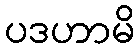
ပဒဟာမိ